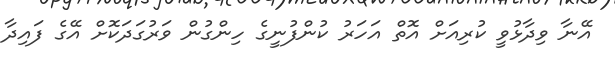
އޭނާ ވިދާޅުވީ ކުރިއަށް އޮތް އަހަރު ކުންފުނީގެ ހިންގުން ވަރުގަދަކޮށް އޭގެ ފައިދާ